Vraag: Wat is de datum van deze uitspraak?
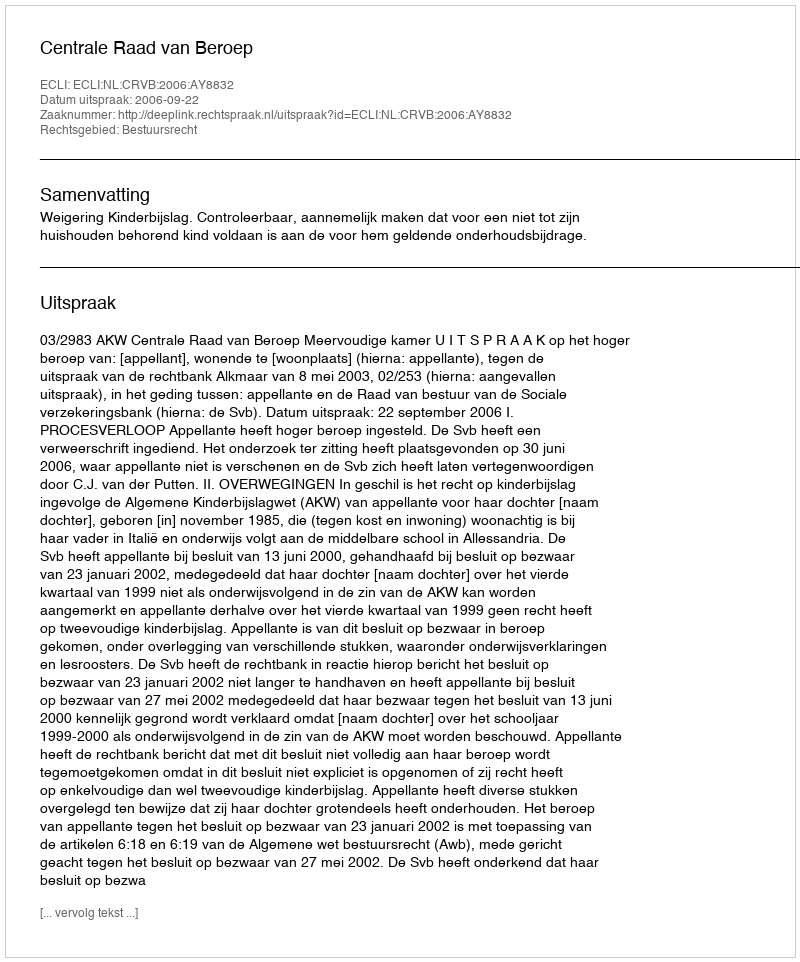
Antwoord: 2006-09-22